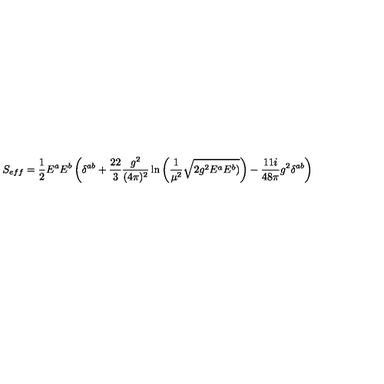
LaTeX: S _ { e f f } = \frac { 1 } { 2 } E ^ { a } E ^ { b } \left( \delta ^ { a b } + \frac { 2 2 } { 3 } \frac { g ^ { 2 } } { ( 4 \pi ) ^ { 2 } } \ln \left( \frac { 1 } { \mu ^ { 2 } } \sqrt { 2 g ^ { 2 } E ^ { a } E ^ { b } ) } \right) - \frac { 1 1 i } { 4 8 \pi } g ^ { 2 } \delta ^ { a b } \right)